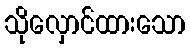
သိုလှောင်ထားသော